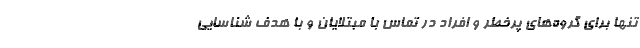
تنها برای گروه‌های پرخطر و افراد در تماس با مبتلایان و با هدف شناسایی